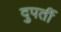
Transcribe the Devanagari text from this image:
दुपर्ती